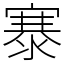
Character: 𪧦